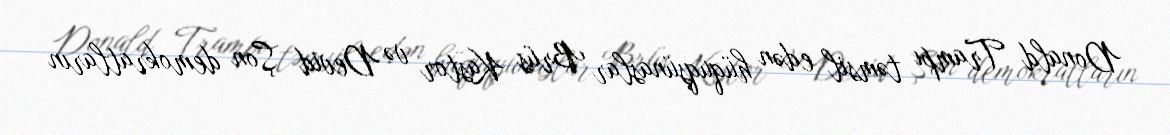
Donald Trampı təmsil edən hüquqşünaslar Brüs Kastor və Devid Şon demokratların